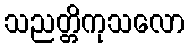
သညတ္တိကုသလော